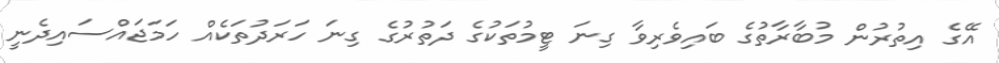
އޭގެ އިތުރުން މުބާރާތުގެ ބައިވެރިވާ ގިނަ ޓީމުތަކުގެ ދަތުރުގެ ގިނަ ހަރަދުތަކެއް ހަމަޖައްސައިދެނީ